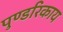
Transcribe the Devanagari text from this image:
पुण्डरिकाय